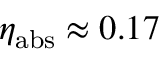
\eta _ { \mathrm { a b s } } \approx 0 . 1 7